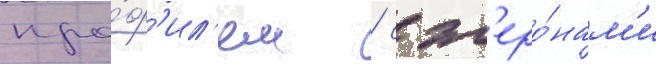
про́ф'ил'ем / с эл'еро́нам'и